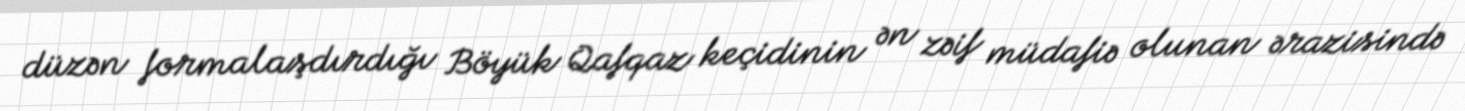
düzən formalaşdırdığı Böyük Qafqaz keçidinin ən zəif müdafiə olunan ərazisində